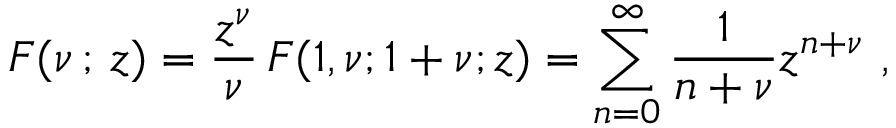
{ \cal F } ( \nu \, ; \, z ) = \frac { z ^ { \nu } } { \nu } \, F ( 1 , \nu ; 1 + \nu ; z ) = \sum _ { n = 0 } ^ { \infty } \frac { 1 } { n + \nu } z ^ { n + \nu } ~ ,